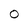
Character: 0